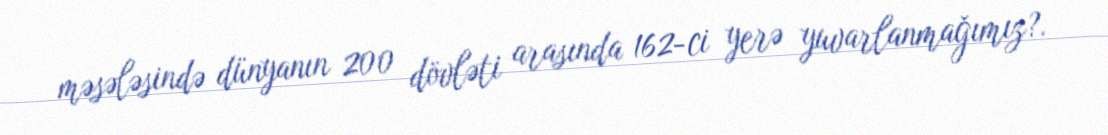
məsələsində dünyanın 200 dövləti arasında 162-ci yerə yuvarlanmağımız?.